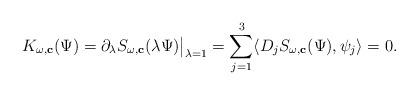
LaTeX: \begin{align*}K_{\omega,\mathbf{c}}(\Psi )=\partial_{\lambda}S_{\omega,\mathbf{c}}(\lambda \Psi)\big|_{\lambda =1}=\sum_{j=1}^3\langle D_jS_{\omega,\mathbf{c}}(\Psi),\psi_j\rangle =0. \end{align*}